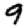
Digit: 9